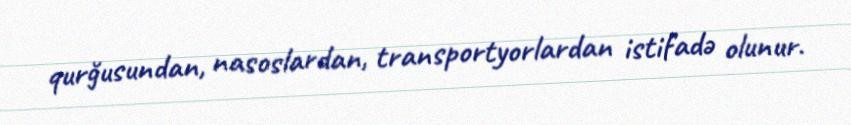
qurğusundan, nasoslardan, transportyorlardan istifadə olunur.